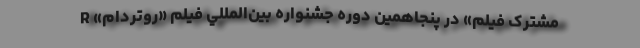
مشترک فیلم» در پنجاهمین دوره جشنواره بين‌‌المللي فیلم «روتردام» R